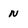
Character: n